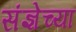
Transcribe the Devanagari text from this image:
संज्ञेच्या